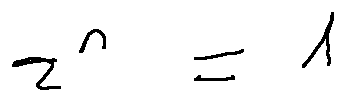
z ^ { n } = 1